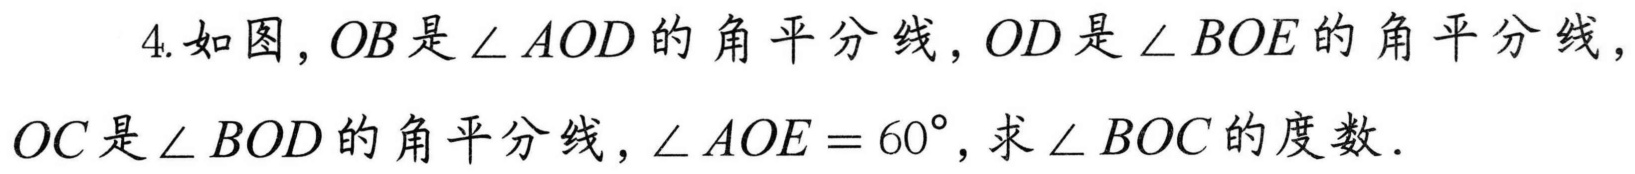
4.如图，\(OB\)是\(\angle AOD\)的角平分线，\(OD\)是\(\angle BOE\)的角平分线，\(OC\)是\(\angle BOD\)的角平分线，\(\angle AOE = 60^{\circ}\)，求\(\angle BOC\)的度数．